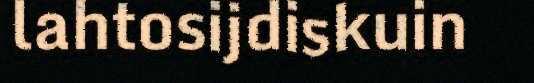
lahtosijdiskuin